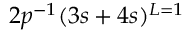
2 p ^ { - 1 } ( 3 s + 4 s ) ^ { L = 1 }